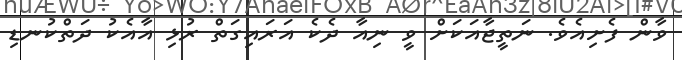
ވާން ފެށިއެވެ. ނަތީޖާއަކަށް ވީ ނިއާ ދެކެ އަރައިގަތް ރުޅި އާއެކު ދަތްކުނޑި